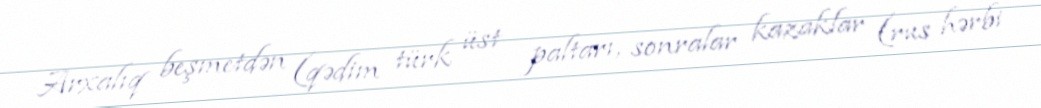
Arxalıq beşmetdən (qədim türk üst paltarı, sonralar kazaklar (rus hərbi